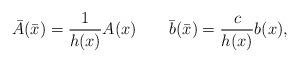
LaTeX: \begin{align*}\bar{A}(\bar{x})=\frac{1}{h(x)}A(x)\qquad\bar{b}(\bar{x})=\frac{c}{h(x)}b(x),\end{align*}